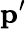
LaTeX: \mathbf{p}^{\prime}